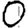
Digit: 0